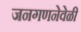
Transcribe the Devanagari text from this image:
जनगणनेवेळी